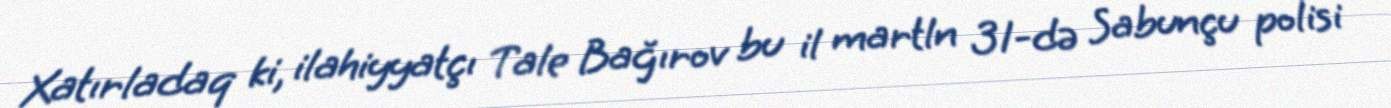
Xatırladaq ki, ilahiyyatçı Tale Bağırov bu il martln 31-də Sabunçu polisi